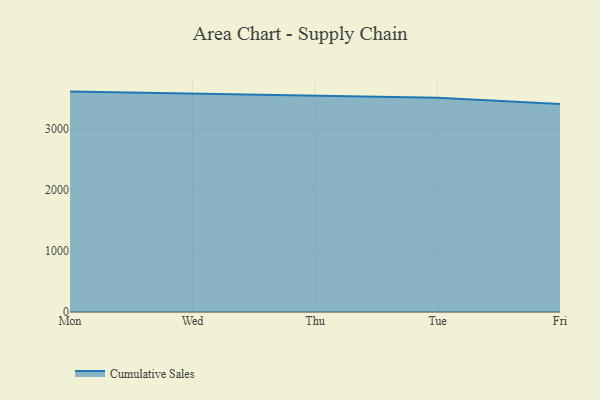
{"axis": {"x": "Day", "y": "Conversion Rate (%)"}, "legend": ["Cumulative Sales"], "data": [{"x": "Mon", "y": 3601.2, "type": "Cumulative Sales"}, {"x": "Wed", "y": 3568.3, "type": "Cumulative Sales"}, {"x": "Thu", "y": 3536.0, "type": "Cumulative Sales"}, {"x": "Tue", "y": 3501.4, "type": "Cumulative Sales"}, {"x": "Fri", "y": 3397.7, "type": "Cumulative Sales"}]}